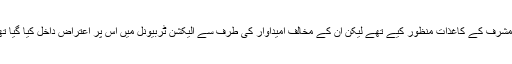
چترال میں ریٹرننگ افسر نے پہلے مرحلے میں پرویز مشرف کے کاغذات منظور کیے تھے لیکن ان کے مخالف امیداوار کی طرف سے الیکشن ٹربیونل میں اس پر اعتراض داخل کیا گیا تھا جس پر ان کے کاغذات نامزدگی کو مسترد کر دیا گیا۔